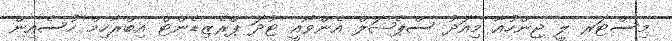
މިސްޓަރ ލީ ޖިންހުއާ މިއަދު ސްޕެޝަލް އެންވޯއީ ޓުދަ ޕްރެޒިޑެންޓް އިބްރާހިމް ހުސެއިން